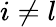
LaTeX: i\ne l